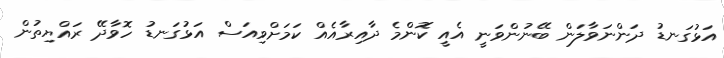
އަޅުގަނޑު ދަންނަވާލަން ބޭނުންވަނީ އެއީ ކޮންމެ ދާއިރާއެއް ކަމަށްވިއަސް އަޅުގަނޑު ހޮވާދޭ ރައްޔިތުން